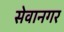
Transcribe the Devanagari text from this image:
सेवानगर